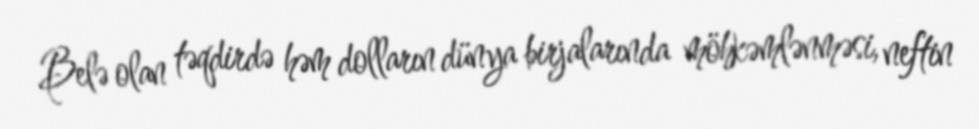
Belə olan təqdirdə həm dolların dünya birjalarında möhkəmlənməsi, neftin